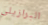
البرازيلي